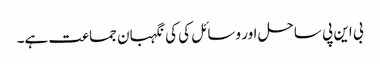
بی این پی ساحل اور وسائل کی کی نگہبان جماعت ہے۔